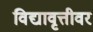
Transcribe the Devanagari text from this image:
विद्यावृत्तीवर